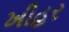
ખીહર